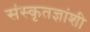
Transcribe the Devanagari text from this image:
संस्कृतज्ञांशी